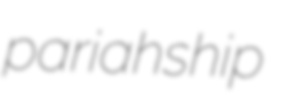
pariahship